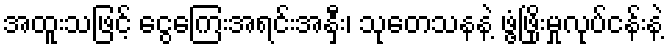
အထူးသဖြင့် ငွေကြေးအရင်းအနှီး၊ သုတေသနနဲ့ ဖွံ့ဖြိုးမှုလုပ်ငန်းနဲ့